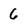
Character: 6